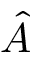
\hat { A }